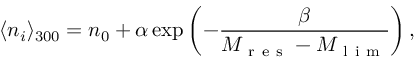
\langle n _ { i } \rangle _ { 3 0 0 } = n _ { 0 } + \alpha \exp \left( - \frac { \beta } { M _ { \mathrm { ~ r ~ e ~ s ~ } } - M _ { \mathrm { ~ l ~ i ~ m ~ } } } \right) ,